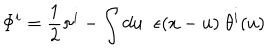
\Phi ^ { i } = \frac { 1 } { 2 } \pi ^ { i } - \int d u \; \; \epsilon ( x - u ) \; \theta ^ { i } ( u )